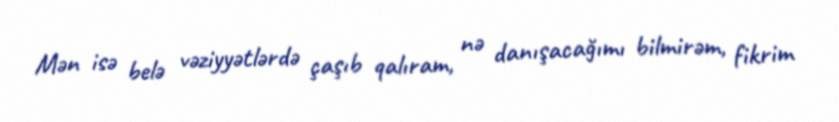
Mən isə belə vəziyyətlərdə çaşıb qalıram, nə danışacağımı bilmirəm, fikrim